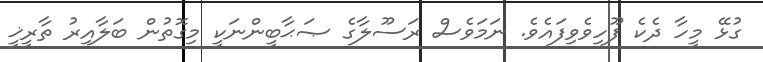
ގުޅޭ މީހާ ދެކެ ފޫހިވެވިފައެވެ. ނަމަވެސް ރަސޫލާގެ ޞަޙާބީންނަކީ މިގޮތުން ބަލާއިރު ތާރީޚީ